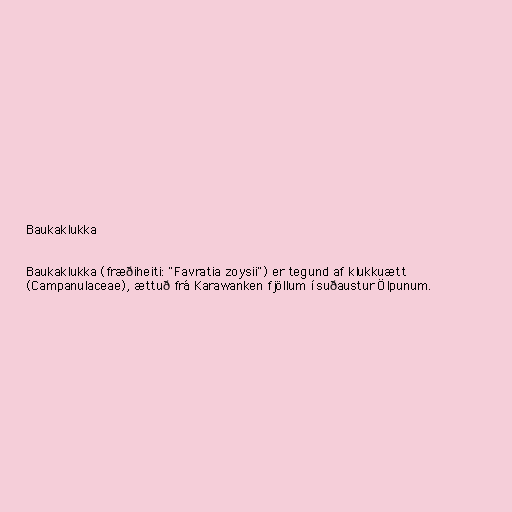
Baukaklukka

Baukaklukka (fræðiheiti: "Favratia zoysii") er tegund af klukkuætt
(Campanulaceae), ættuð frá Karawanken fjöllum í suðaustur Ölpunum.